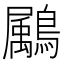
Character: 𪅱